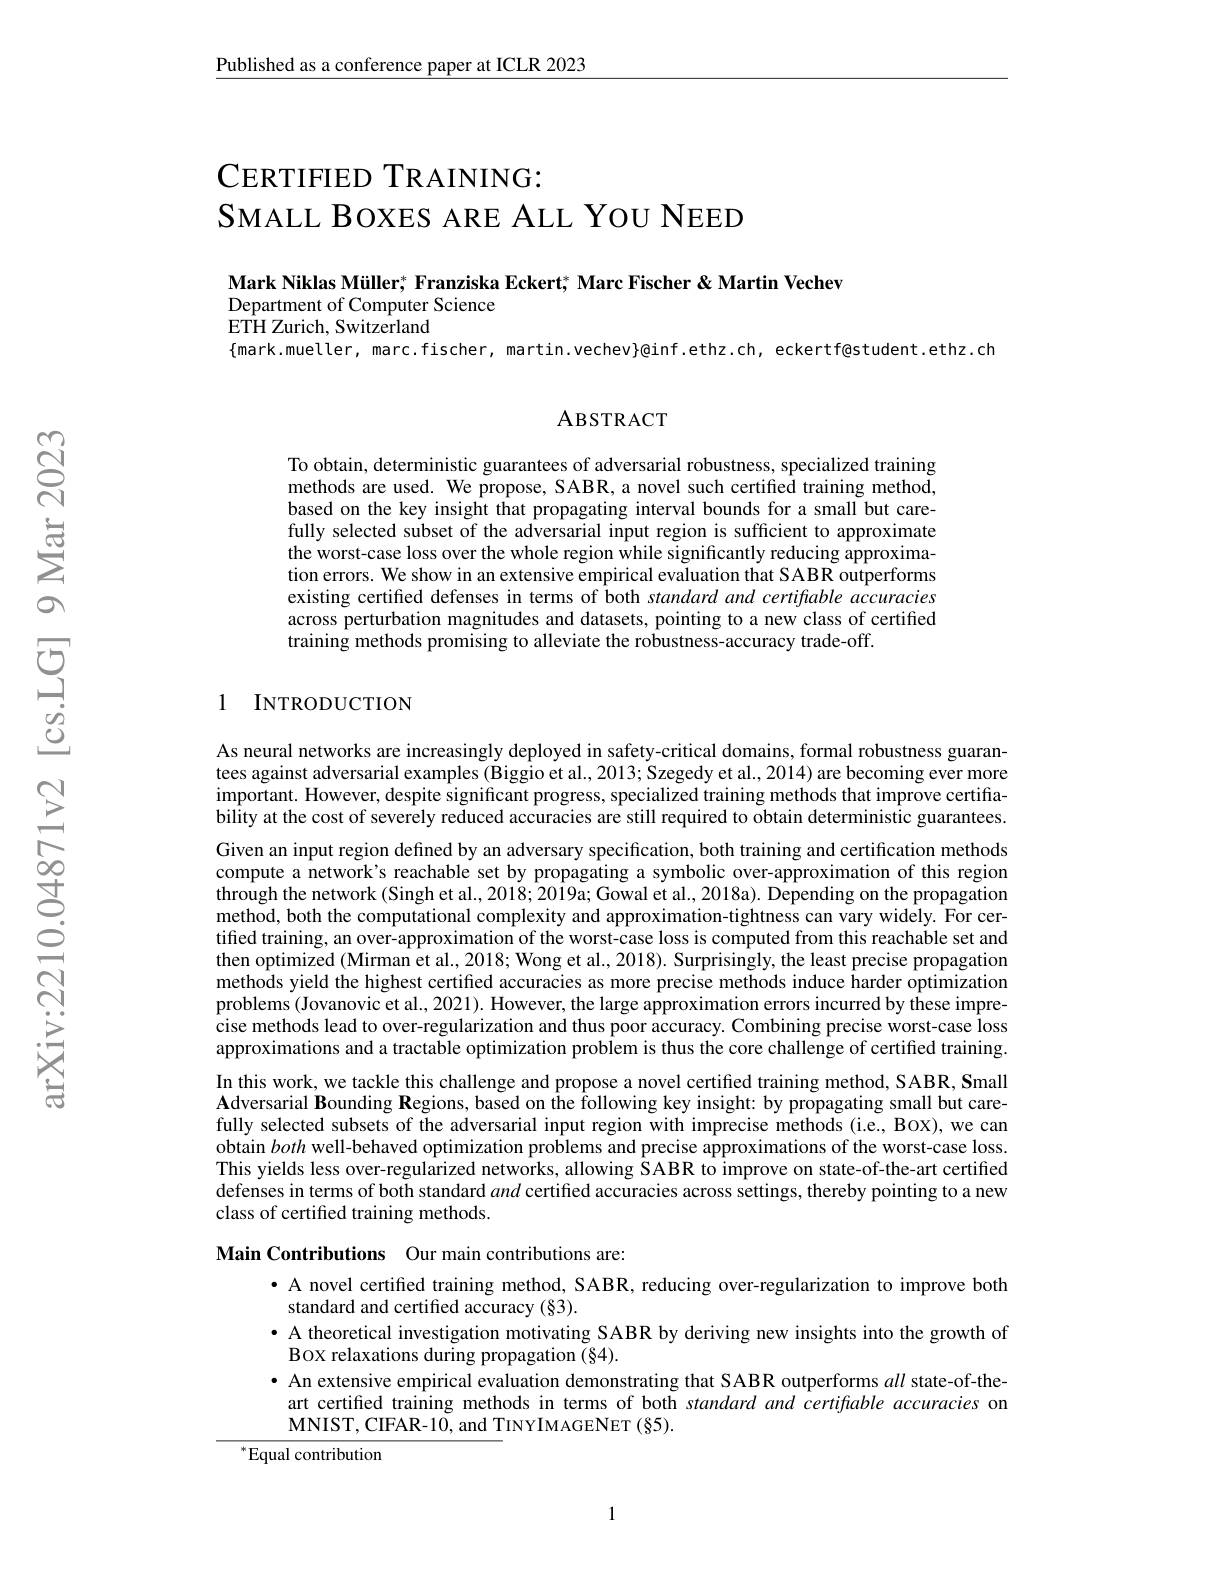
Published as a conference paper at ICLR 2023

$\mathrm{C}_{\text{ERTIFIED TRAINING:}}$
SMALL BOXES ARE ALL YOU NEED

Mark Niklas Müller; Franziska Eckert; Marc Fischer & Martin Vechev

Department of Computer Science

$\hat{\mathrm{ETH~Zurich,~Switzerland}}$

$\{$mark.mueller, marc.fischer, martin.vechev}@inf.ethz.ch, eckertf@student.ethz.ch

### ABSTRACT

To obtain, deterministic guarantees of adversarial robustness, specialized training methods are used. We propose, SABR, a novel such certified training method, based on the key insight that propagating interval bounds for a small but carefully selected subset of the adversarial input region is sufficient to approximate the worst-case loss over the whole region while significantly reducing approximation errors. We show in an extensive empirical evaluation that SABR outperforms existing certified defenses in terms of both standard and certifable accuracies across perturbation magnitudes and datasets, pointing to a new class of certified training methods promising to alleviate the robustness-accuracy trade-off.

## 1 INTRODUCTION

As neural networks are increasingly deployed in safety-critical domains, formal robustness guarantees against adversarial examples (Biggio et al., 2013; Szegedy et al., 2014) are becoming ever more $\tilde{\text{important. However, despite significant progress, specialized training methods that improve certifia-}}$ bility at the cost of severely reduced accuracies are still required to obtain deterministic guarantees.

Given an input region defined by an adversary specification, both training and certification methods compute a network's reachable set by propagating a symbolic over-approximation of this region through the network (Singh et al., 2018; 2019a; Gowal et al., 2018a). Depending on the propagation method, both the computational complexity and approximation-tightness can vary widely. For certiffed training, an over-approximation of the worst-case loss is computed from this reachable set and then optimized (Mirman et al., 2018; Wong et al., 2018). Surprisingly, the least precise propagation methods yield the highest certified accuracies as more precise methods induce harder optimization problems (Jovanovic et al., 2021). However, the large approximation errors incurred by these imprecise methods lead to over-regularization and thus poor accuracy. Combining precise worst-case loss approximations and a tractable optimization problem is thus the core challenge of certified training. In this work, we tackle this challenge and propose a novel certified training method, SABR, Small Adversarial Bounding Regions, based on the following key insight: by propagating small but carefully selected subsets of the adversarial input region with imprecise methods (i.e., Box), we can obtain both well-behaved optimization problems and precise approximations of the worst-case loss. This yields less over-regularized networks, allowing SABR to improve on state-of-the-art certified defenses in terms of both standard and certified accuracies across settings, thereby pointing to a new class of certified training methods.

Main Contributions Our main contributions are:

· A novel certified training method, SABR, reducing over-regularization to improve both
standard and certified accuracy (§3).
· A theoretical investigation motivating SABR by deriving new insights into the growth of
BOX relaxations during propagation (§4).
· An extensive empirical evaluation demonstrating that SABR outperforms all state-of-theart certified training methods in terms of both standard and certifable accuracies on MNIST, CIFAR- 10, and TINYIMAGENET ( $\S$5) .

$^{*}$Equal contribution

1